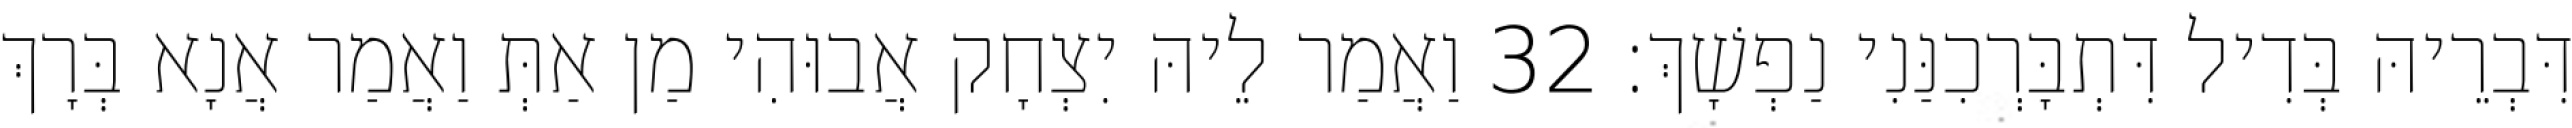
דִּבְרֵיהּ בְּדִיל דִּתְבָּרְכִנַּנִי נַפְשָׁךְ׃ 32 וַאֲמַר לֵיהּ יִצְחָק אֲבוּהִי מַן אַתְּ וַאֲמַר אֲנָא בְּרָךְ